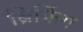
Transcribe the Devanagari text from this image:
ब्रिफिंग